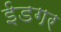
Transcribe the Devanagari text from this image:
ईडगर